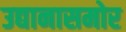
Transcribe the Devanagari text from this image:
उद्यानासमोर